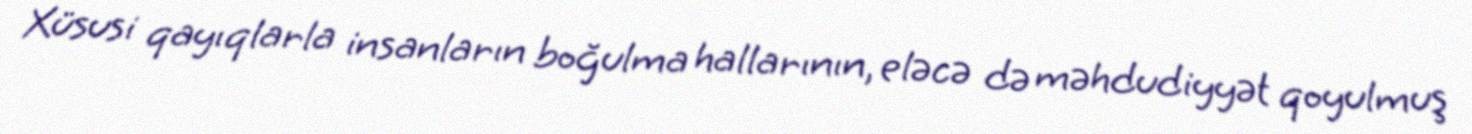
Xüsusi qayıqlarla insanların boğulma hallarının, eləcə də məhdudiyyət qoyulmuş